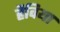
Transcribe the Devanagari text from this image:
हैविया